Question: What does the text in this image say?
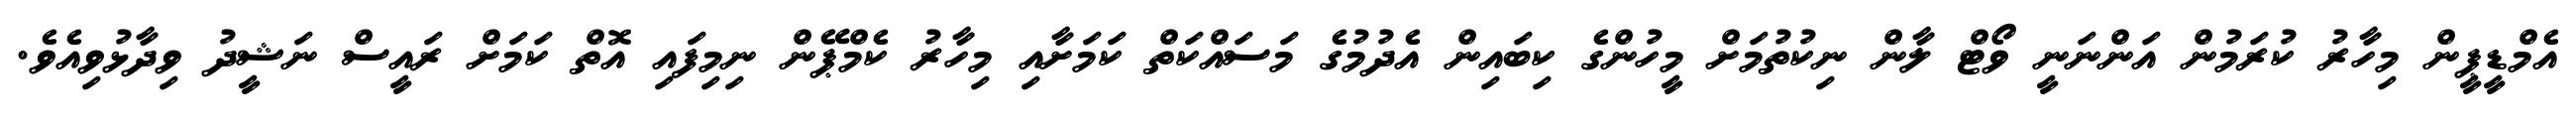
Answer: އެމްޑީޕީން މިހާރު ކުރަމުން އަންނަނީ ވޯޓް ލާން ނިކުތުމަށް މީހުންގެ ކިބައިން އެދުމުގެ މަސައްކަތް ކަމަށާއި މިހާރު ކެމްޕޭން ނިމިފައި އޮތް ކަމަށް ރައީސް ނަޝީދު ވިދާޅުވިއެވެ.